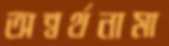
অন্বর্থনামা